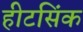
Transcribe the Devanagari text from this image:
हीटसिंक